Trukikaitis_Postimees, lk 51
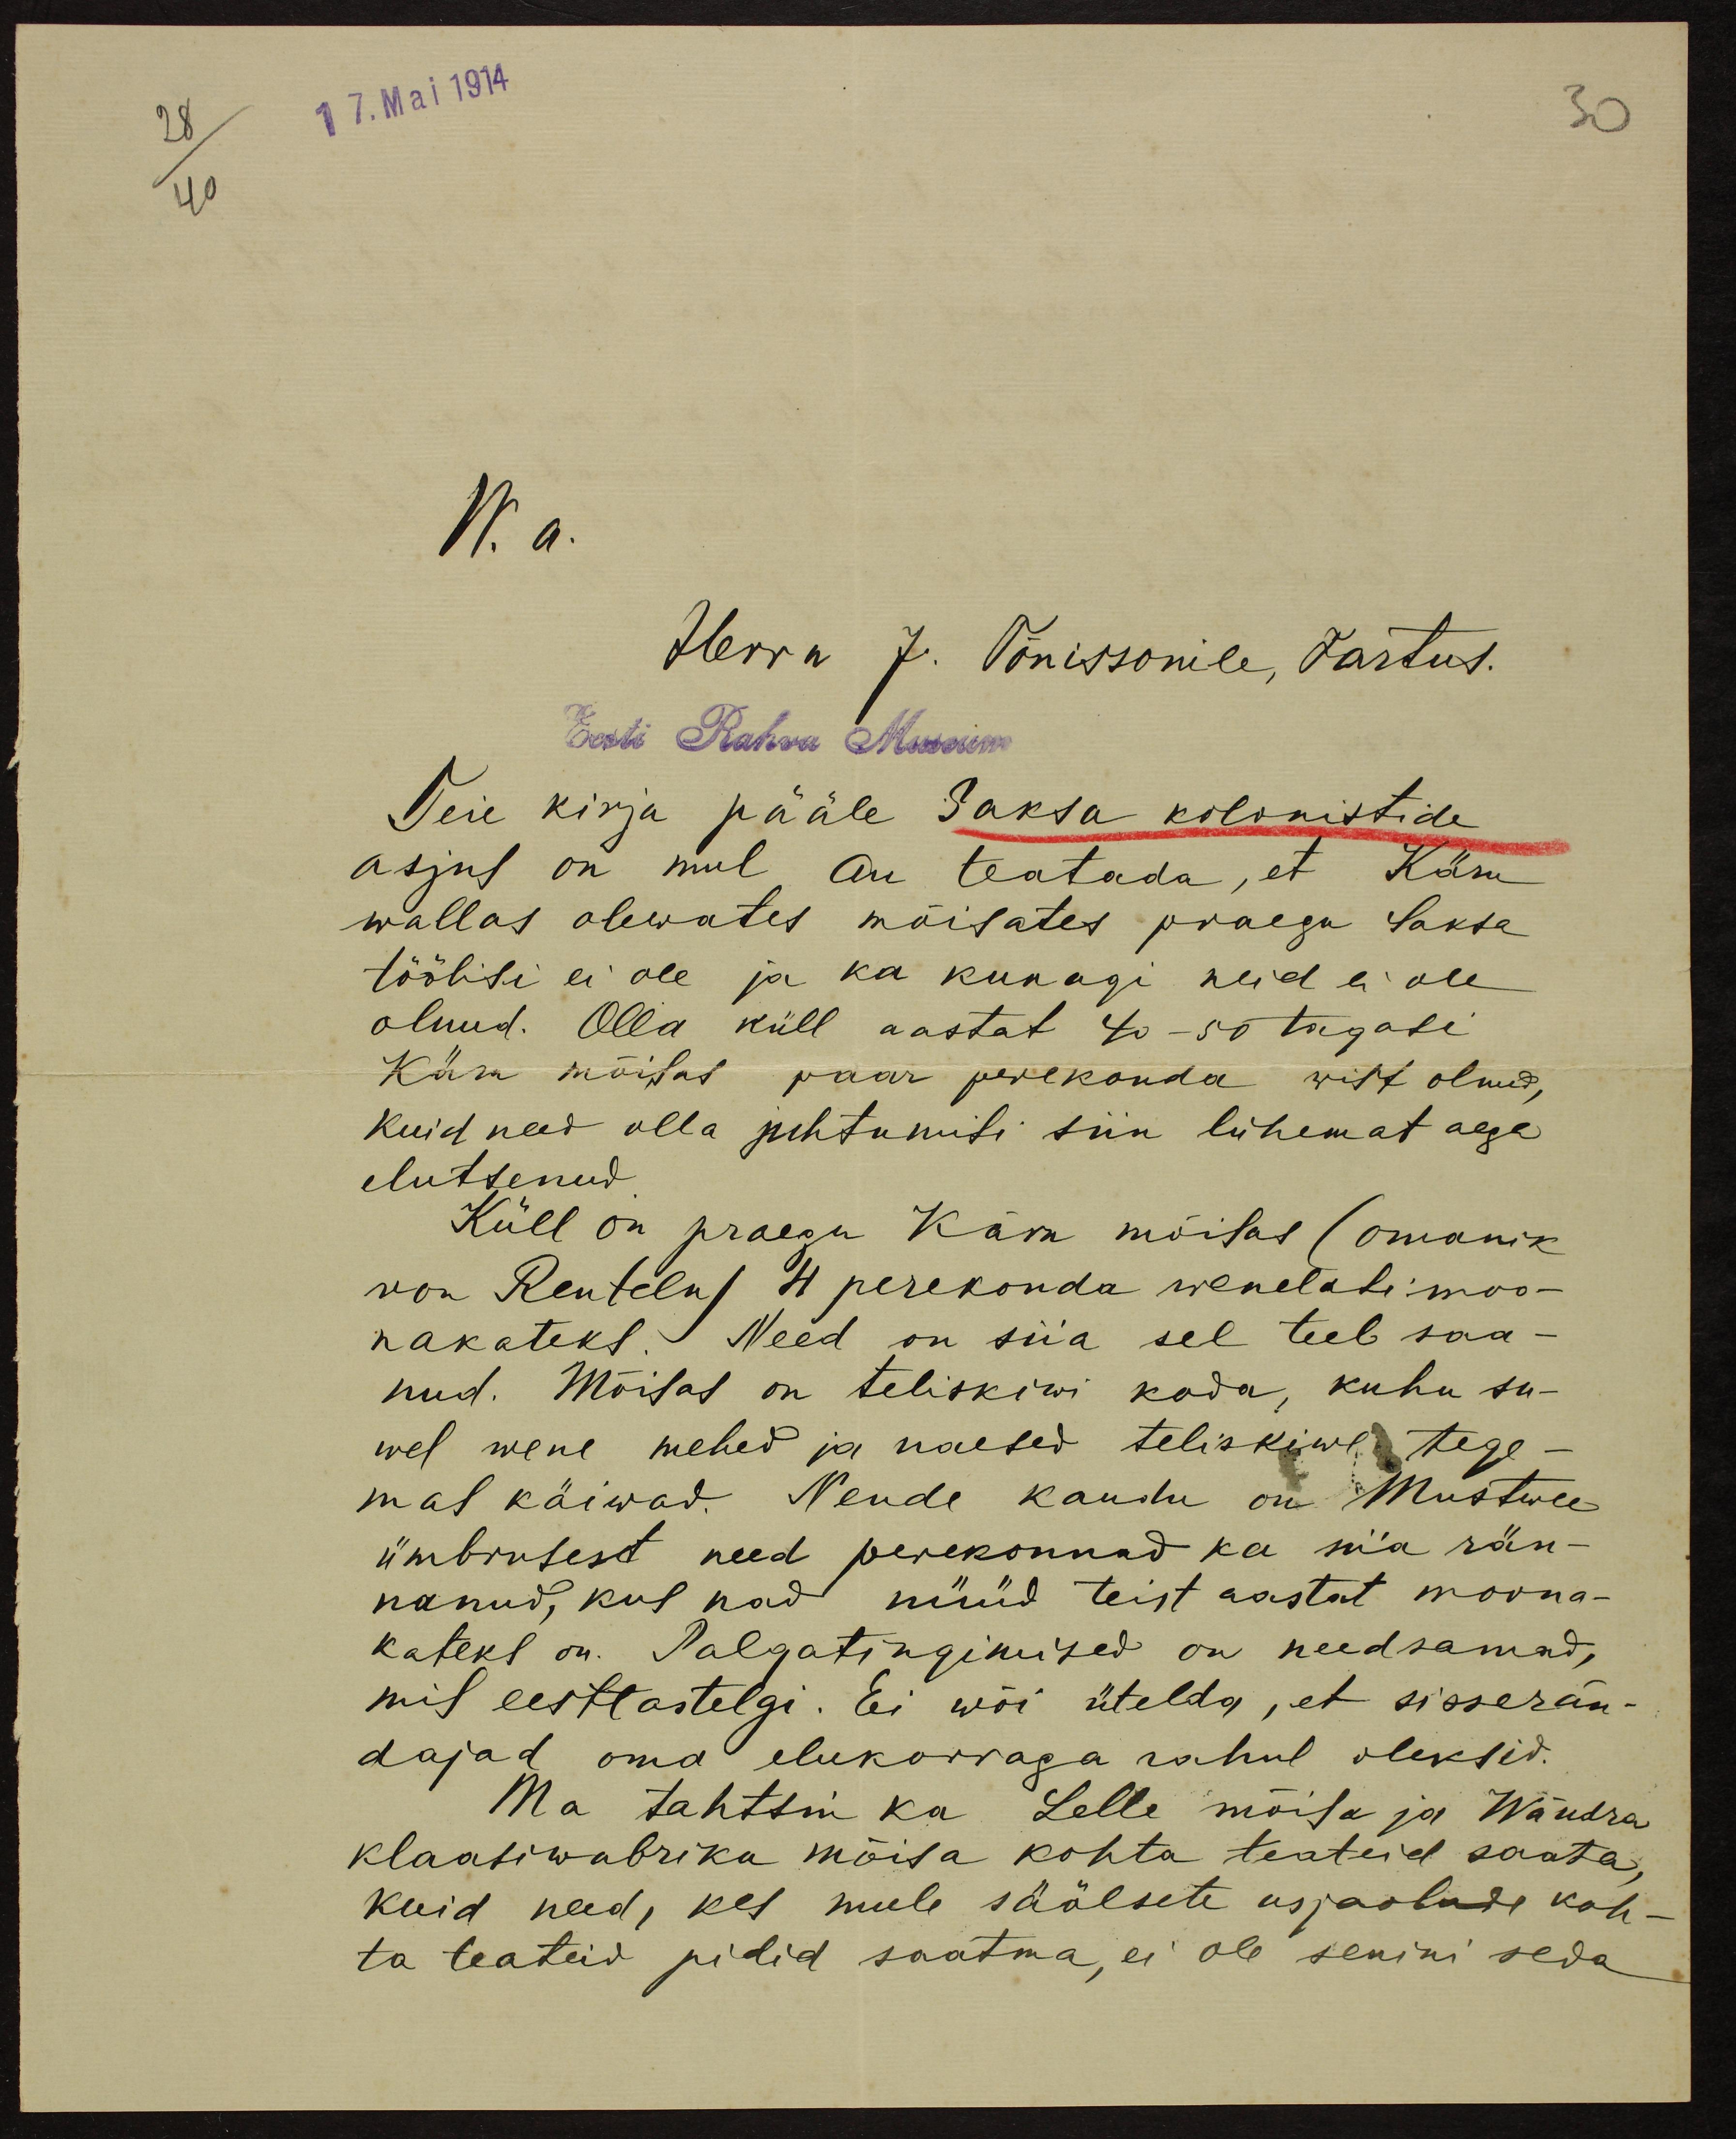
28
17. Mai 1914
30
40
W. a.
Herra J. Tõnissonile, Tartus.
Eesti Rahva Museum
Teie kirja pääle Saksa kolonistide
asjus on mul au teatada, et Käru
wallas olewates mõisates praegu Saksa
töölisi ei ole ja ka kunagi neid ei ole
olnud. Olla küll aastat 40-50 tagasi
Käru mõisas paar perekonda wist olnud,
kuid need olla juhtumisi siin lühemat aega
elutsenud.
Küll on praegu Käru mõisas (omanik
von Renteln) 4 perekonda wenelasi moo-
nakateks. Need on siia sel teel saa-
nud. Mõisas on teliskiwi koda, kuhu su-
wel wene mehed ja naesed teliskiwe tege-
mas käiwad. Nende kaudu on Mustwee
ümbrusest need perekonnad ka siia rän-
nanud, kus nad nüüd teist aastat moona-
kateks on. Palgatingimised on needsamad,
mis eestlastelgi. Ei wõi ütelda, et sisserän-
dajad oma elukorraga rahul oleksid.
Ma tahtsin ka Lelle mõisa ja Wändra
klaasiwabriku mõisa kohta teateid saata,
kuid need, kes mule säälsete asjaolude koh-
ta teateid pidid saatma, ei ole senini seda